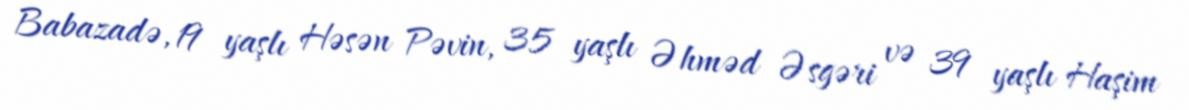
Babazadə, 19 yaşlı Həsən Pəvin, 35 yaşlı Əhməd Əsgəri və 39 yaşlı Haşim